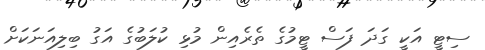
ސިޓީ އަކީ ގަދަ ފަސް ޓީމުގެ ތެރެއިން މުޅި ކުލަބުގެ އަގު ބިލިއަނަކަށް